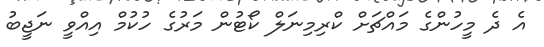
އެ ދެ މީހުންގެ މައްޗަށް ކްރިމިނަލް ކޯޓުން މަރުގެ ހުކުމް އިއްވީ ނަޖީބު